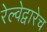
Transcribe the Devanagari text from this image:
रेल्वेद्वारेच